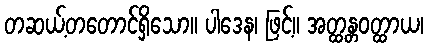
တဆယ့်တတောင်ရှိသော။ ပါဒေန၊ ဖြင့်။ အတ္ထန္တဝတ္ထာယ၊